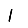
Digit: 1